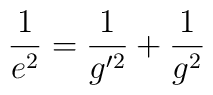
\frac{1}{e^{2}}=\frac{1}{g'^{2}}+\frac{1}{g^{2}}